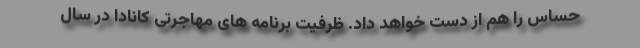
حساس را هم از دست خواهد داد. ظرفیت برنامه های مهاجرتی کانادا در سال